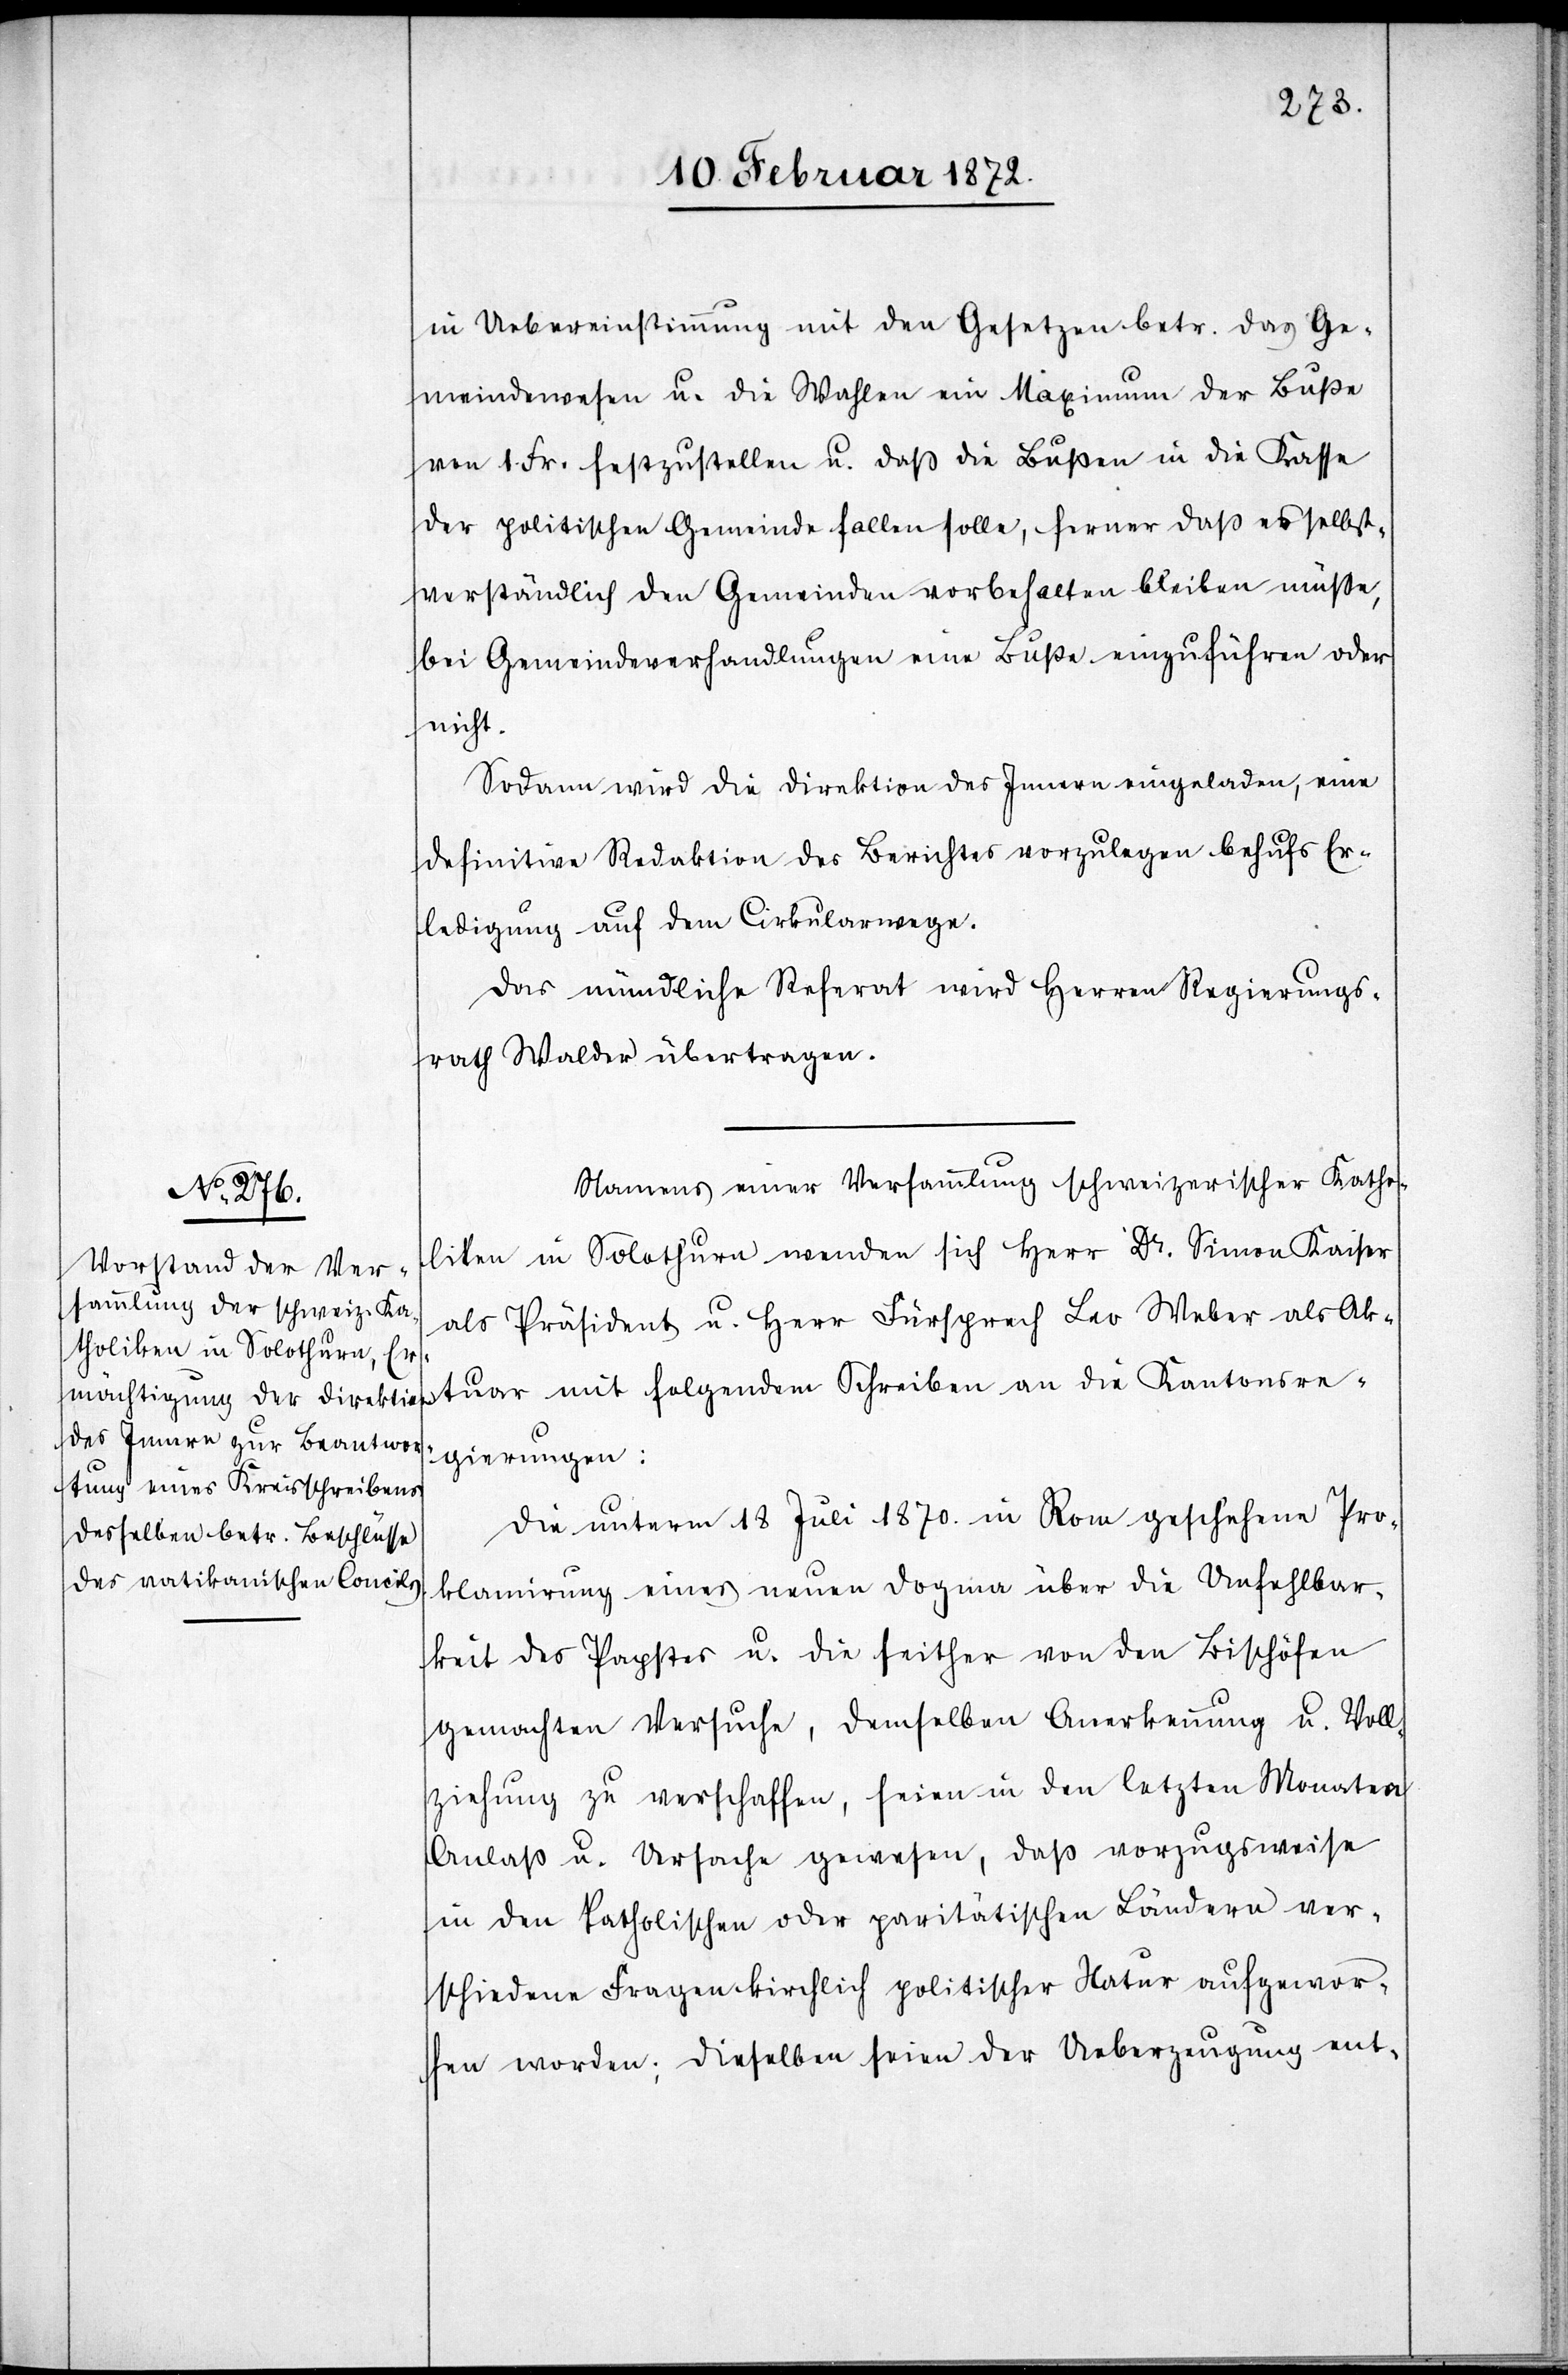
in Uebereinstimmung mit den Gesetzen betr. das Ge¬
meindewesen u. die Wahlen ein Maximum der Buße
von 1. Fr: festzustellen u. daß die Bußen in die Kasse
der politischen Gemeinden fallen solle, ferner daß es selbst¬
verständlich den Gemeinden vorbehalten bleiben müsse,
bei Gemeindeverhandlungen eine Buße einzuführen oder
nicht.
Sodann wird die Direktion des Innern eingeladen, eine
definitive Redaktion des Berichtes vorzulegen behufs Er¬
ledigung auf dem Cirkularwege.
Das mündliche Referat wird Herren Regierungs¬
rath Walder übertragen.
Namens einer Versammlung schweizerischer Katho¬
liken in Solothurn wenden sich Herr Dr. Simon Kaiser
als Präsident u. Herr Fürsprech Leo Weber als Ak¬
tuar mit folgendem Schreiben an die Kantonsre¬
gierungen:
Die unterm 18 Juli 1870. in Rom geschehene Pro¬
klamirung eines neuen Dogma über die Unfehlbar¬
keit des Papstes u. die seither von den Bischöfen
gemachten Versuche, demselben Anerkennung u. Voll¬
ziehung zu verschaffen, seien in den letzten Monaten
Anlaß u. Ursache gewesen, daß vorzugsweise
in den Katholischen oder paritätischen Ländern ver¬
schiedene Fragen kirchlich politischer Natur aufgewor¬
fen worden; dieselben seien der Ueberzeugung ent-